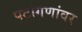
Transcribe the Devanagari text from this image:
पटांगणांवर